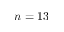
n = 1 3